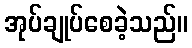
အုပ်ချုပ်စေခဲ့သည်။